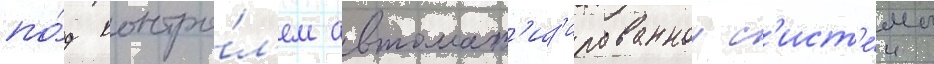
по́д контро́л'ем автомат'из'ированнои с'ист'е́мы